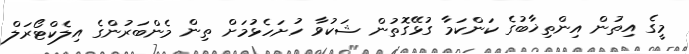
މީގެ އިތުން އިންތިޚާބުގެ ކަންކަމާ ގުޅޭގޮތުން ޝަކުވާ ހުށަހެޅުމަށް ތިން މެންބަރުންގެ އިލެކްޓޯރަލް